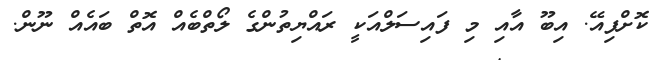
ކޮށްފިއޭ. އިބޫ އާއި މި ފައިސަލްއަކީ ރައްޔިތުންގެ ލޯތްބެއް އޮތް ބައެއް ނޫން.